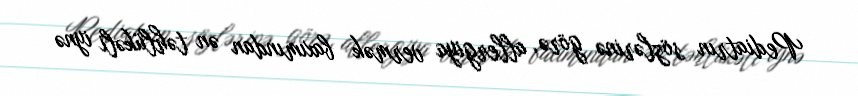
Pediatrın sözlərinə görə, allergiya vermək baxımından ən təhlükəli iynə